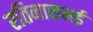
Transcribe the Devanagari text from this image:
रतिनासभई